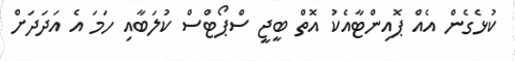
ކުޅެގެން އެއް ޕޮއިންޓާއެކު އޮތް ބީޖީ ސްޕޯޓްސް ކުލަބާއި ހަމަ އެ އަދަދަށް